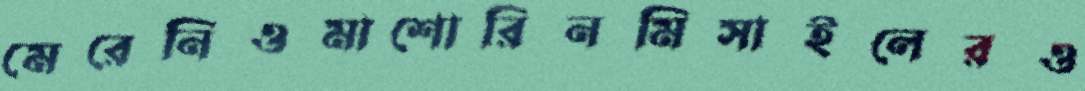
মেরেনিওমাশোরিনমিসাইলেরও